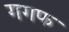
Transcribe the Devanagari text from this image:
गगफ